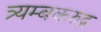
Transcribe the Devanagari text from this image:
त्र्यम्बकरुद्र